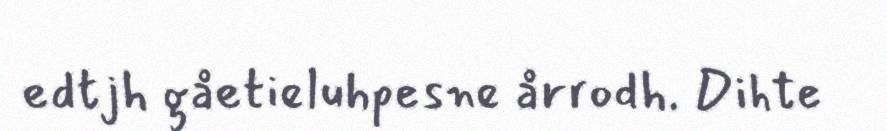
edtjh gåetieluhpesne årrodh. Dihte